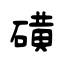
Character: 磺